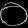
Digit: ၀